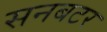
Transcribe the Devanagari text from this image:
सनबटर